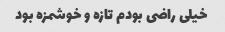
خیلی راضی بودم تازه و خوشمزه بود